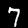
Digit: 7